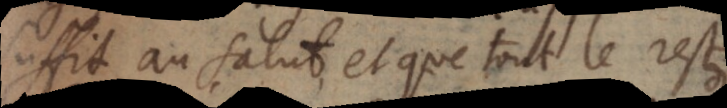
suffit au salut, et que tout le reste